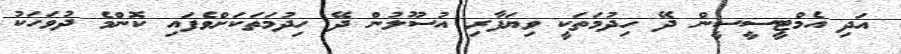
އަދި އެމްޓީސީސީން ދޭ ހިދުމަތަކީ ވިޔަފާރި އުސޫލުން ދޭ ހިދުމަތަކަށްވެފައި ކޮންމެ ދުވަހަކު